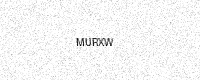
Text: MURXW